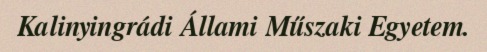
Kalinyingrádi Állami Műszaki Egyetem.